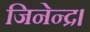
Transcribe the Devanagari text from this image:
जिनेन्द्र।